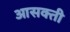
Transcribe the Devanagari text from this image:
आसक्‍ती